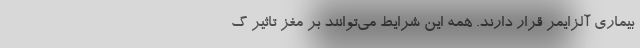
بیماری آلزایمر قرار دارند. همه این شرایط می‌توانند بر مغز تاثیر گ